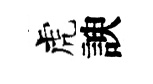
虎諛